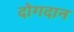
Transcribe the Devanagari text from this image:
दोगदान